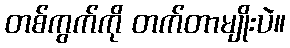
တစ်ကွက်ကို တက်တာမျိုးပဲ။